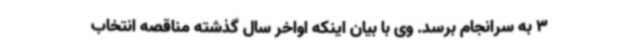
3 به سرانجام برسد. وی با بیان اینکه اواخر سال گذشته مناقصه انتخاب